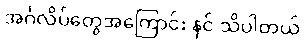
အင်္ဂလိပ်တွေအကြောင်း နင် သိပါတယ်